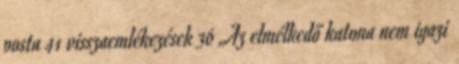
posta 41 visszaemlékezések 36 „Az elmélkedő katona nem igazi